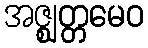
အဇ္ဈတ္တမေဝ